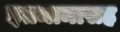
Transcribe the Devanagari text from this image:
इतमामासह